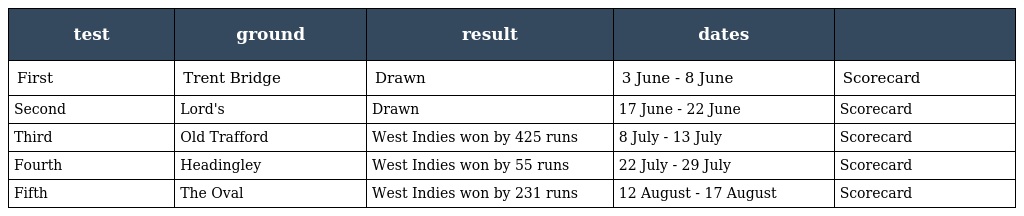
| test | ground | result | dates |  |
 | --- | --- | --- | --- | --- |
 | First | Trent Bridge | Drawn | 3 June - 8 June | Scorecard |
 | Second | Lord's | Drawn | 17 June - 22 June | Scorecard |
 | Third | Old Trafford | West Indies won by 425 runs | 8 July - 13 July | Scorecard |
 | Fourth | Headingley | West Indies won by 55 runs | 22 July - 29 July | Scorecard |
 | Fifth | The Oval | West Indies won by 231 runs | 12 August - 17 August | Scorecard |